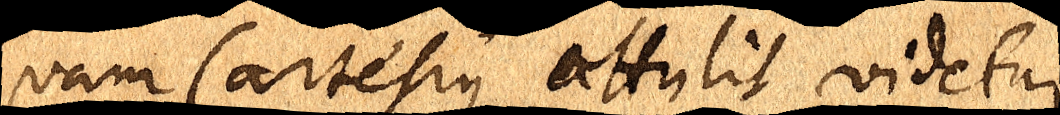
quam Cartesius attulit videtur